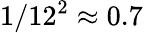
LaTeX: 1/12^{2}\approx 0.7\